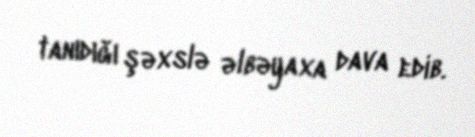
tanıdığı şəxslə əlbəyaxa dava edib.